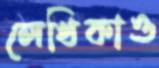
লেখিকাও